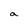
Character: a